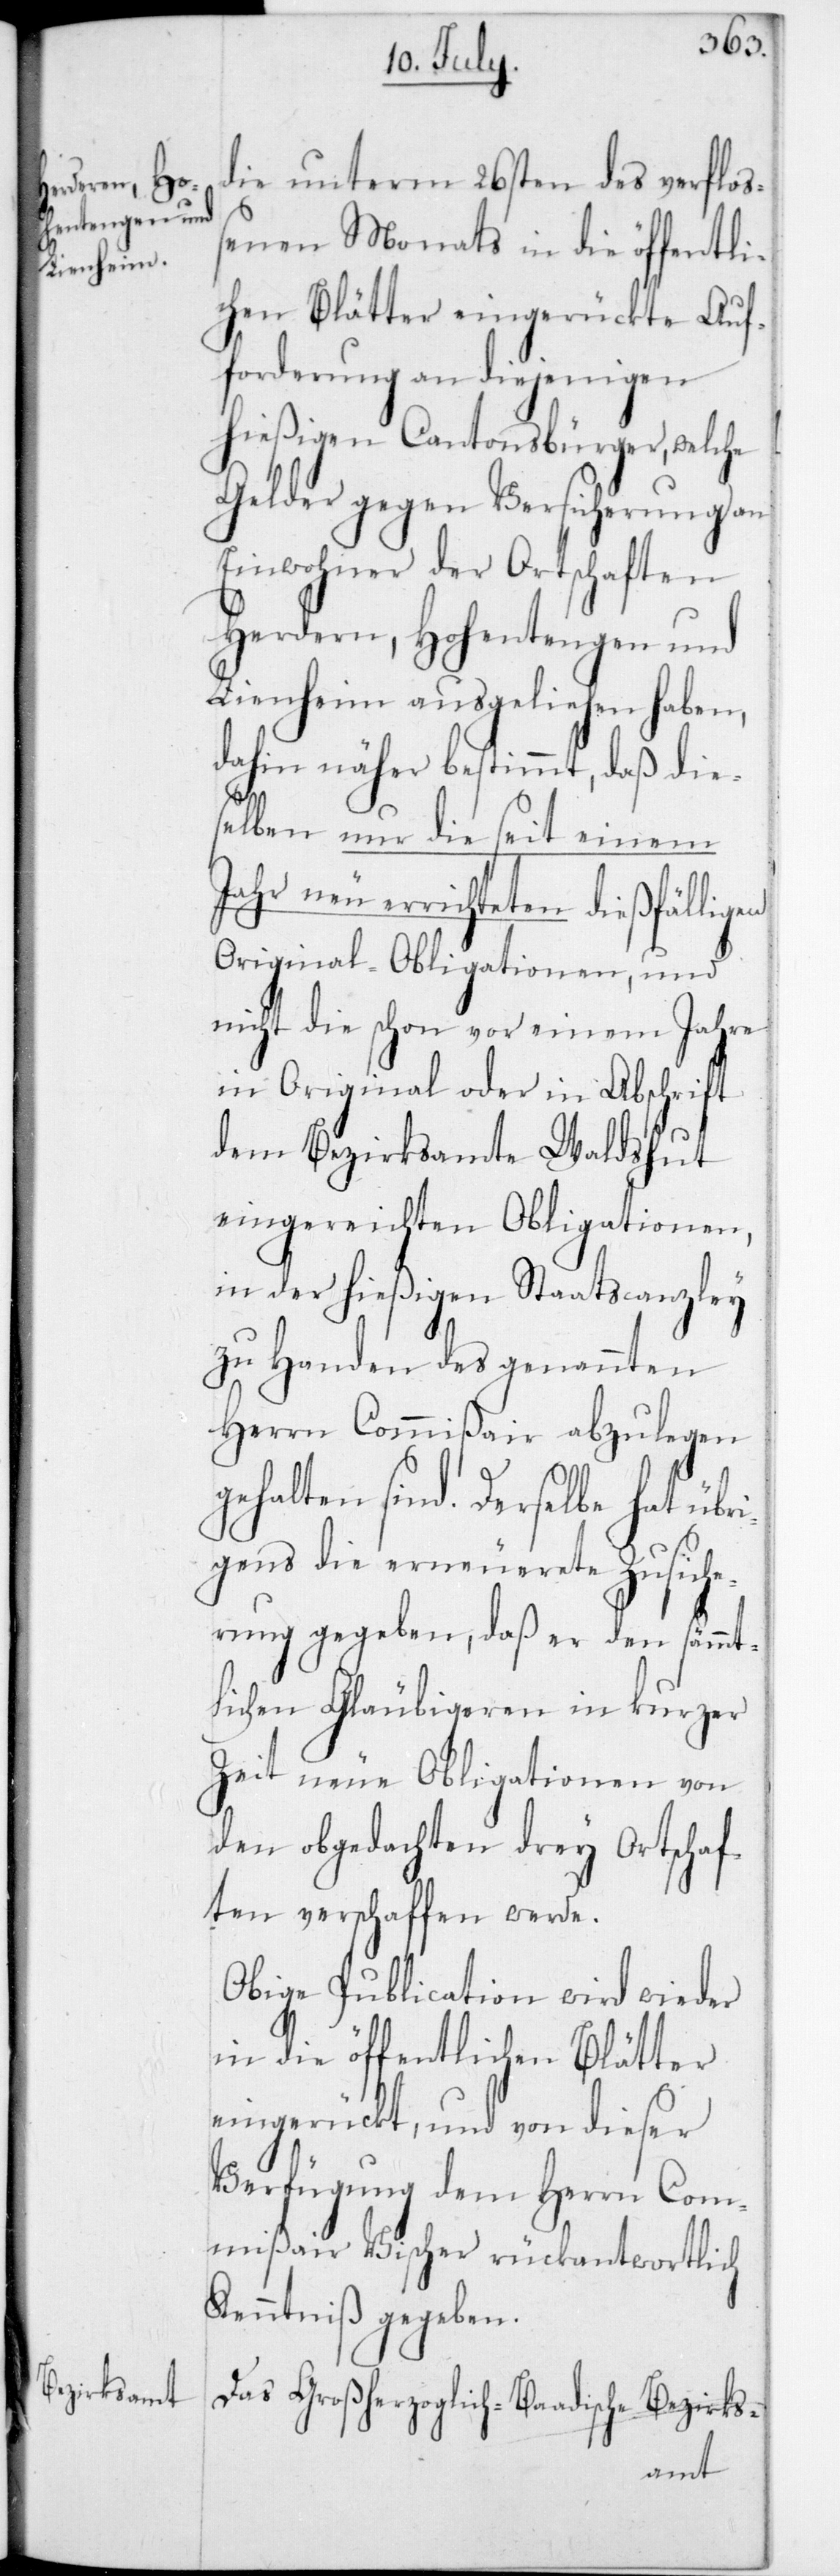
ßair
die unterm 26sten des verfloß¬
enen Monats in die öffentli¬
chen Blätter eingerückte Auf¬
forderung an diejenigen
hießigen Cantonsbürger, welche
Gelder gegen Versicherung an
Einwohner der Ortschaften
Herdern, Hohentengen und
Lienheim ausgeliehen haben,
dahin näher bestimmt, daß die¬
selben nur die seit einem
Jahr neu errichteten dießfälligen
Original-Obligationen, und
nicht die schon vor einem Jahre
in Original oder in Abschrift
dem Bezirksamte Waldshut
eingereichten Obligationen,
in der hießigen Staatscanzley
zu Handen des genannten
Herrn Commißair abzulegen
gehalten sind. Derselbe hat übr¬
igens die erneuerete Zusiche¬
rung gegeben, daß er den sämmt¬
lichen Gläubigeren in kurzer
Zeit neue Obligationen von
den obgedachten drey Ortschaf¬
ten verschaffen werde.
Obige Publication wird wieder
in die öffentlichen Blätter
eingerückt, und von dieser
Verfügung dem Herrn Commi¬
Kenntniß gegeben.
Das Großherzoglich-Baadische Bezirks-